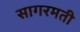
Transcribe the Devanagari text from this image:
सागरमती